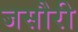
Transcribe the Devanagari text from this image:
जसौरी